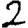
Digit: 2